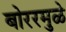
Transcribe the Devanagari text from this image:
बोररमुळे